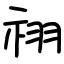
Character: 祤